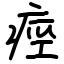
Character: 痙